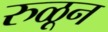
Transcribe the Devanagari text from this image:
रुळून